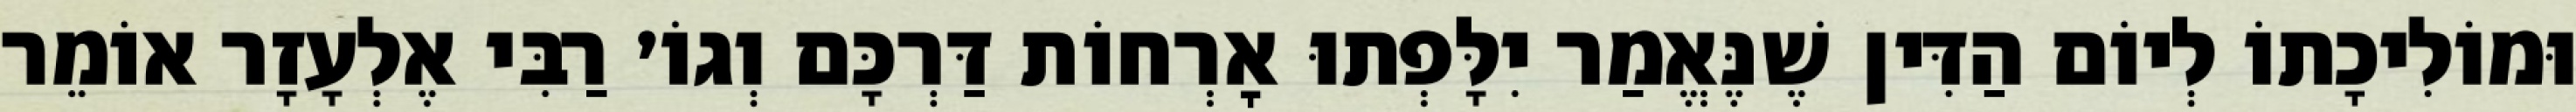
וּמוֹלִיכָתוֹ לְיוֹם הַדִּין שֶׁנֶּאֱמַר יִלָּפְתוּ אׇרְחוֹת דַּרְכָּם וְגוֹ׳ רַבִּי אֶלְעָזָר אוֹמֵר